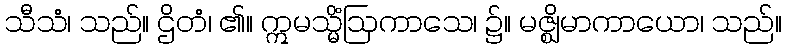
သီသံ၊ သည်။ ဌိတံ၊ ၏။ ဣမသ္မိံဩကာသေ၊ ၌။ မဇ္ဈိမာကာယော၊ သည်။